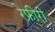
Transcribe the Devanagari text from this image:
रेफीरी